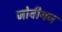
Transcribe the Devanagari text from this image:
जोवीयन